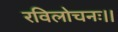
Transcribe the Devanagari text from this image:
रविलोचनः।।